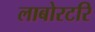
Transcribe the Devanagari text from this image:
लाबोरटरि